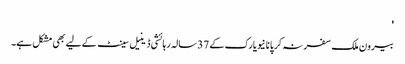
'
بیرون ملک سفر نہ کر پانا نیویارک کے 37 سالہ رہائشی ڈینیل سینٹ کے لیے بھی مشکل ہے۔